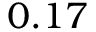
0 . 1 7